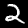
Digit: 2